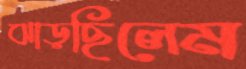
ঝাড়ছিলেম